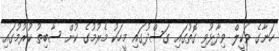
ހަނާގެ ވަކީލް ވިދާޅުވި ގޮތުގައި ގަސްދުގައި މީހަކު މެރުމުގެ ކުށް ސާބިތު ކުރުމުގައި